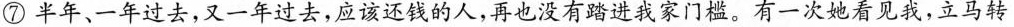
⑦半年、一年过去，又一年过去，应该还钱的人，再也没有踏进我家门槛。有一次地看见我，立马转